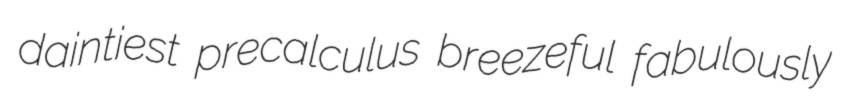
daintiest precalculus breezeful fabulously